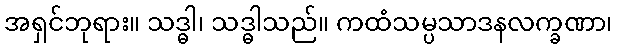
အရှင်ဘုရား။ သဒ္ဓါ၊ သဒ္ဓါသည်။ ကထံသမ္ပသာဒနလက္ခဏာ၊